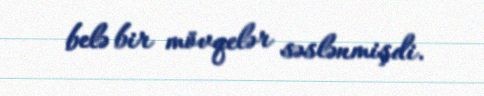
belə bir mövqelər səslənmişdi.